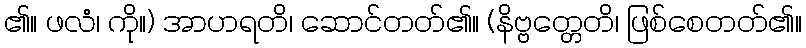
၏။ ဖလံ၊ ကို။) အာဟရတိ၊ ဆောင်တတ်၏။ (နိဗ္ဗတ္တေတိ၊ ဖြစ်စေတတ်၏။